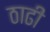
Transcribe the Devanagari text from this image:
ठाढी